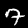
Label: 7